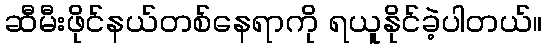
ဆီမီးဖိုင်နယ်တစ်နေရာကို ရယူနိုင်ခဲ့ပါတယ်။